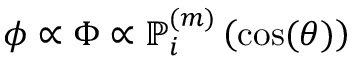
\phi \propto \Phi \propto \mathbb { P } _ { i } ^ { ( m ) } \left( \cos ( \theta ) \right)